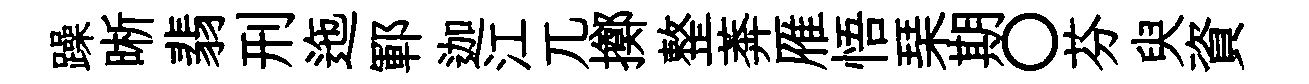
躁晰翡刑迤鄆迦江兀擲整莾雁悟琹期〇芬臾資